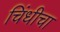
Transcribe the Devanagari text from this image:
चिंधीचा